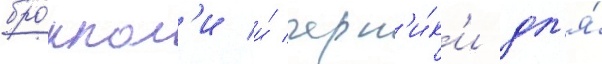
бро́ккол'и и́ черн'и́к'и дл'я́